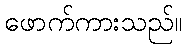
ဖောက်ကားသည်။